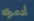
أدعوك